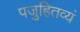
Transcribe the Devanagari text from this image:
पजुहितव्यं